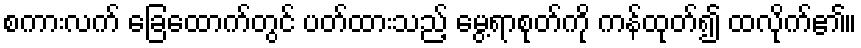
စကားလက် ခြေထောက်တွင် ပတ်ထားသည့် မွေ့ရာစုတ်ကို ကန်ထုတ်၍ ထလိုက်၏။